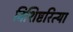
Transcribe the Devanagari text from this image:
विशिष्टरित्या